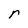
Character: r